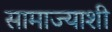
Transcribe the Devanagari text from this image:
सामाज्याशी